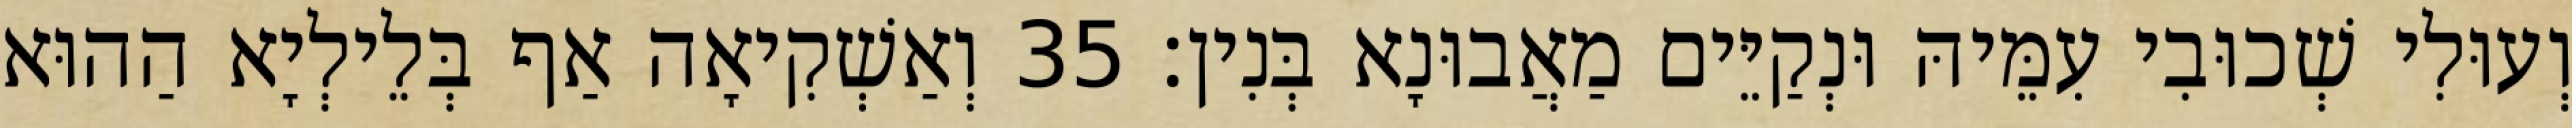
וְעוּלִי שְׁכוּבִי עִמֵּיהּ וּנְקַיֵּים מַאֲבוּנָא בְּנִין׃ 35 וְאַשְׁקִיאָה אַף בְּלֵילְיָא הַהוּא